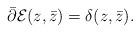
LaTeX: \begin{align*}\bar{\partial}{\cal E}(z,\bar{z})=\delta(z,\bar{z}).\end{align*}